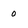
Character: 0